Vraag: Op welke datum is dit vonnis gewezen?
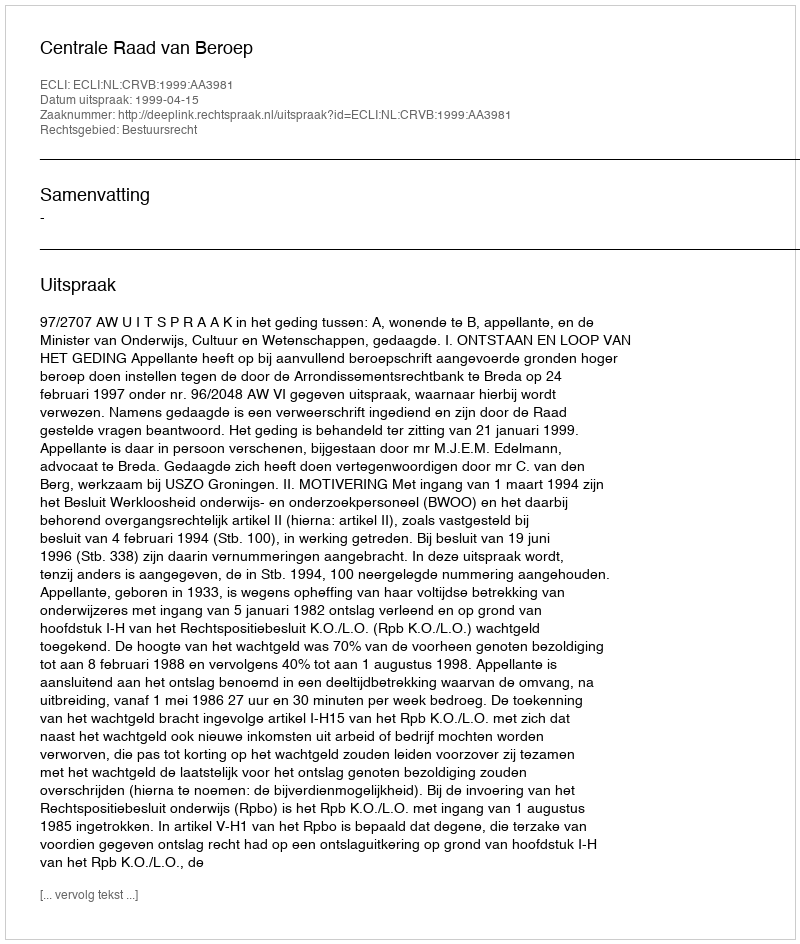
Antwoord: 1999-04-15